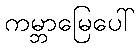
ကမ္ဘာမြေပေါ်